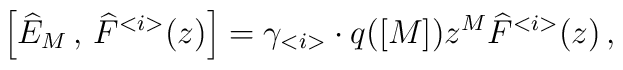
\left[ \widehat{E}_{M}\, ,\, \widehat{F}^{<i>}(z)\right] =\gamma _{<i>}\cdot q([M])z^{M}\widehat{F}^{<i>}(z)\, ,